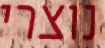
נוצרי